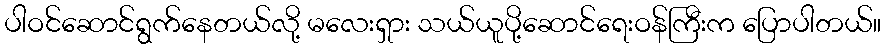
ပါဝင်ဆောင်ရွက်နေတယ်လို့ မလေးရှား သယ်ယူပို့ဆောင်ရေးဝန်ကြီးက ပြောပါတယ်။